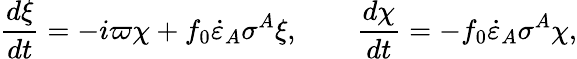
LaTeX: \frac{d\xi}{dt}=-i\varpi\chi+f_{0}\dot{\varepsilon}_{A}\sigma^{A}\xi,\qquad\frac{d\chi}{dt}=-f_{0}\dot{\varepsilon}_{A}\sigma^{A}\chi,